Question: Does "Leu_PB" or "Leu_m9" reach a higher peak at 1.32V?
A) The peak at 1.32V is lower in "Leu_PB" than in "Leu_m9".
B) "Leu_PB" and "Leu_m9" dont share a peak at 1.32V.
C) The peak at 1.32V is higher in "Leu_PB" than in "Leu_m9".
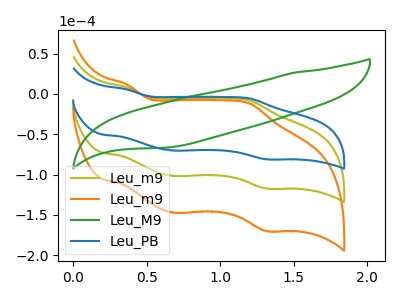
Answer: <think>The olive curve "Leu_m9" has anodic peaks at (0.35V, 8.15uA) (1.20V, -8.25uA) and cathodic peaks at (0.70V, -101.75uA) (1.30V, -117.30uA). The orange curve "Leu_m9" has anodic peaks at (0.35V, 16.30uA) (1.20V, -16.45uA) and cathodic peaks at (0.70V, -203.45uA) (1.30V, -234.65uA). The green curve "Leu_M9" has no peaks. The blue curve "Leu_PB" has anodic peaks at (0.35V, 5.65uA) (1.20V, -5.70uA) and cathodic peaks at (0.70V, -70.25uA) (1.30V, -81.00uA).</think>
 <answer>A) The peak at 1.32V is lower in "Leu_PB" than in "Leu_m9".</answer>
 <eval>A</eval>